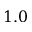
1 . 0